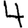
Digit: 4